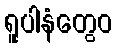
ရူပါနံတွေဝ